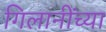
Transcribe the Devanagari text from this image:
गिलानींच्या